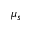
\mu _ { s }